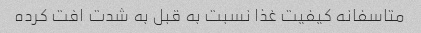
متاسفانه کیفیت غذا نسبت به قبل به شدت افت کرده